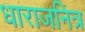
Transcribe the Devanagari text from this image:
धाराजनित्र